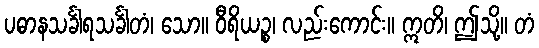
ပဓာနသင်္ခါရသင်္ခါတံ၊ သော။ ဝီရိယဉ္စ၊ လည်းကောင်း။ ဣတိ၊ ဤသို့။ တံ